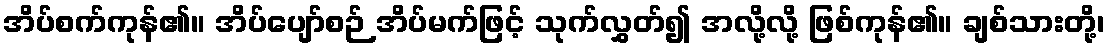
အိပ်စက်ကုန်၏။ အိပ်ပျော်စဉ် အိပ်မက်ဖြင့် သုက်လွှတ်၍ အလို့လို့ ဖြစ်ကုန်၏။ ချစ်သားတို့၊